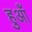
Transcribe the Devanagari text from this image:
हुआँ